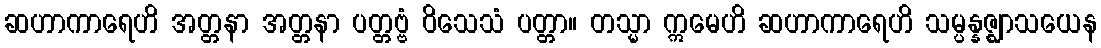
ဆဟာကာရေဟိ အတ္တနာ အတ္တနာ ပတ္တဗ္ဗံ ဝိသေသံ ပတ္တာ။ တသ္မာ ဣမေဟိ ဆဟာကာရေဟိ သမ္ပန္နဇ္ဈာသယေန